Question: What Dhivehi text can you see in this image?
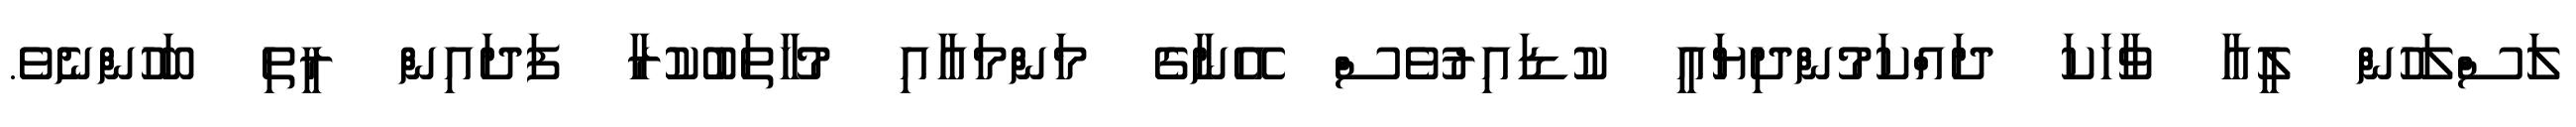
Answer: ލަސްލަހުން ލީއާ ވާހަކަ ދައްކަމުންދިޔައީ ކުޑައިރުވެސް އޭނާގެ މަންމައާއި މުޚާތަބުކުރާ ފަދައިން ރީތި ބަހުންނެވެ.